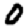
Digit: 0